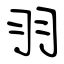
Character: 羽